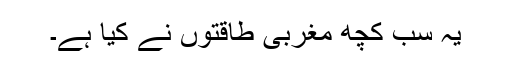
یہ سب کچھ مغربی طاقتوں نے کیا ہے۔